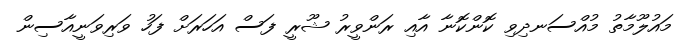
މައުލޫމާތު މުއްސަނދިވި ކޮންކޮނާ އާއި ރަންވީރު ޝޫރީ ފަސް އަހަރަށް ފަހު ވަރިވަނީއާސިން